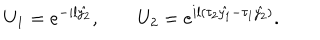
LaTeX: U _ { 1 } = e ^ { - i l \hat { y _ { 2 } } } , ~ ~ U _ { 2 } = e ^ { i l ( \tau _ { 2 } \hat { y _ { 1 } } - \tau _ { 1 } \hat { y _ { 2 } } ) } .